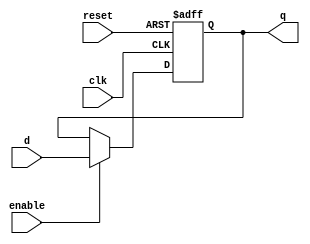
module  FlipFlopD1b(input d,enable,reset,clk,output reg q);
    // copiado del ejercicio 1
    always @(posedge clk, posedge reset) begin  //reset asincrono
        if (reset) q = 0; // si el reset esta activado la salida se coloca en 0
        else if (enable) q = d; //si reset esta en 0 y ademas esta enable en 1, entonces deja pasar d a q
    end

endmodule


module FlipFlopJK(input wire J,K, enable, reset, clk, output wire q );

    wire d;

    assign d = ~K & q | J & ~q; // ecuacion para la entrada d del ff segun logic friday

    FlipFlopD1b FF(d,enable,reset,clk,q);

endmodule